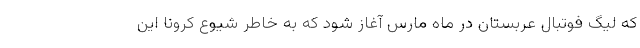
که لیگ فوتبال عربستان در ماه مارس آغاز شود که به خاطر شیوع کرونا این